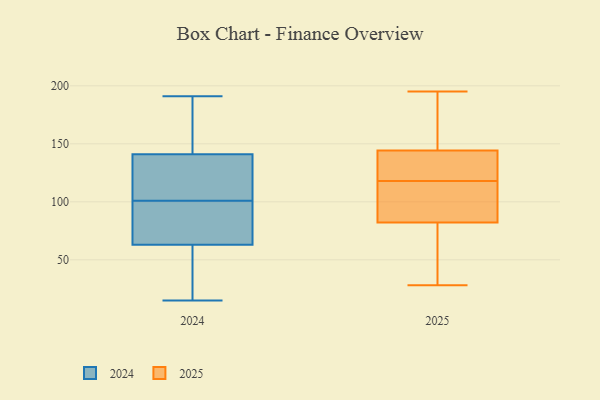
{"axis": {"x": "LTV (USD)", "y": "Value"}, "legend": ["2024", "2025"], "data": [{"x": "", "y": 91, "type": "2024"}, {"x": "", "y": 181, "type": "2024"}, {"x": "", "y": 126, "type": "2024"}, {"x": "", "y": 113, "type": "2024"}, {"x": "", "y": 15, "type": "2024"}, {"x": "", "y": 149, "type": "2024"}, {"x": "", "y": 48, "type": "2024"}, {"x": "", "y": 189, "type": "2024"}, {"x": "", "y": 20, "type": "2024"}, {"x": "", "y": 99, "type": "2024"}, {"x": "", "y": 78, "type": "2024"}, {"x": "", "y": 103, "type": "2024"}, {"x": "", "y": 94, "type": "2024"}, {"x": "", "y": 191, "type": "2024"}, {"x": "", "y": 29, "type": "2024"}, {"x": "", "y": 133, "type": "2024"}, {"x": "", "y": 133, "type": "2025"}, {"x": "", "y": 157, "type": "2025"}, {"x": "", "y": 195, "type": "2025"}, {"x": "", "y": 89, "type": "2025"}, {"x": "", "y": 187, "type": "2025"}, {"x": "", "y": 38, "type": "2025"}, {"x": "", "y": 33, "type": "2025"}, {"x": "", "y": 28, "type": "2025"}, {"x": "", "y": 129, "type": "2025"}, {"x": "", "y": 86, "type": "2025"}, {"x": "", "y": 119, "type": "2025"}, {"x": "", "y": 148, "type": "2025"}, {"x": "", "y": 83, "type": "2025"}, {"x": "", "y": 194, "type": "2025"}, {"x": "", "y": 82, "type": "2025"}, {"x": "", "y": 118, "type": "2025"}, {"x": "", "y": 125, "type": "2025"}, {"x": "", "y": 98, "type": "2025"}, {"x": "", "y": 81, "type": "2025"}]}